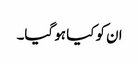
ان کو کیا ہو گیا۔